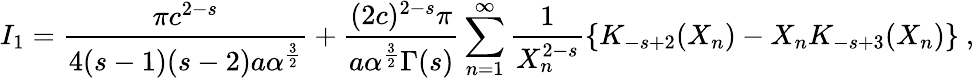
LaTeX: I_{1}={\frac{\pi c^{2-s}}{4(s-1)(s-2)a\alpha^{\frac{3}{2}}}}+{\frac{(2c)^{2-s}\pi}{a\alpha^{\frac{3}{2}}\Gamma(s)}}\sum_{n=1}^{\infty}\frac{1}{X_{n}^{2-s}}\{ K_{-s+2}(X_{n})-X_{n}K_{-s+3}(X_{n})\} \ ,